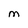
Character: M